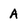
Character: A